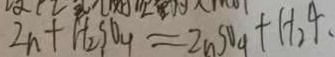
Z n + H _ { 2 } S O _ { 4 } = Z n S O _ { 4 } + H _ { 2 } 4 .